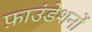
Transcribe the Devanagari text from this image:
फ़ाउंडेशनों